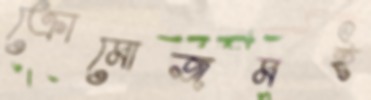
ক্রোমোজমই